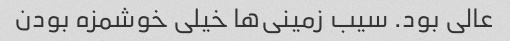
عالی بود. سیب زمینی‌ها خیلی خوشمزه بودن